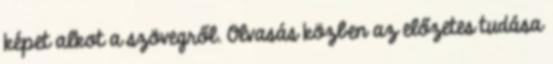
képet alkot a szövegről. Olvasás közben az előzetes tudása